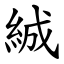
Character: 絾